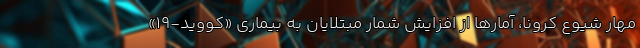
مهار شیوع کرونا، آمارها از افزایش شمار مبتلایان به بیماری «کووید-19»